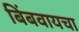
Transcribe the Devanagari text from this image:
बिंबवायचा